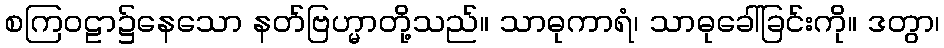
စကြဝဠာ၌နေသော နတ်ဗြဟ္မာတို့သည်။ သာဓုကာရံ၊ သာဓုခေါ်ခြင်းကို။ ဒတွာ၊